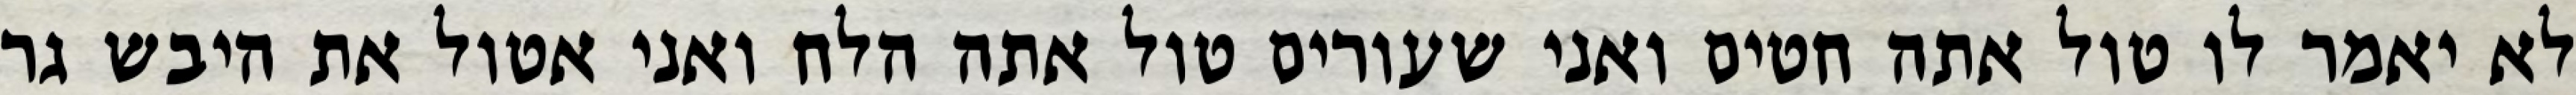
לא יאמר לו טול אתה חטים ואני שעורים טול אתה הלח ואני אטול את היבש גר